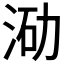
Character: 𭰛